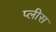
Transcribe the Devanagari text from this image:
प्लीस